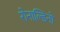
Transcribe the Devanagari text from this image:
रोनाल्डिनो